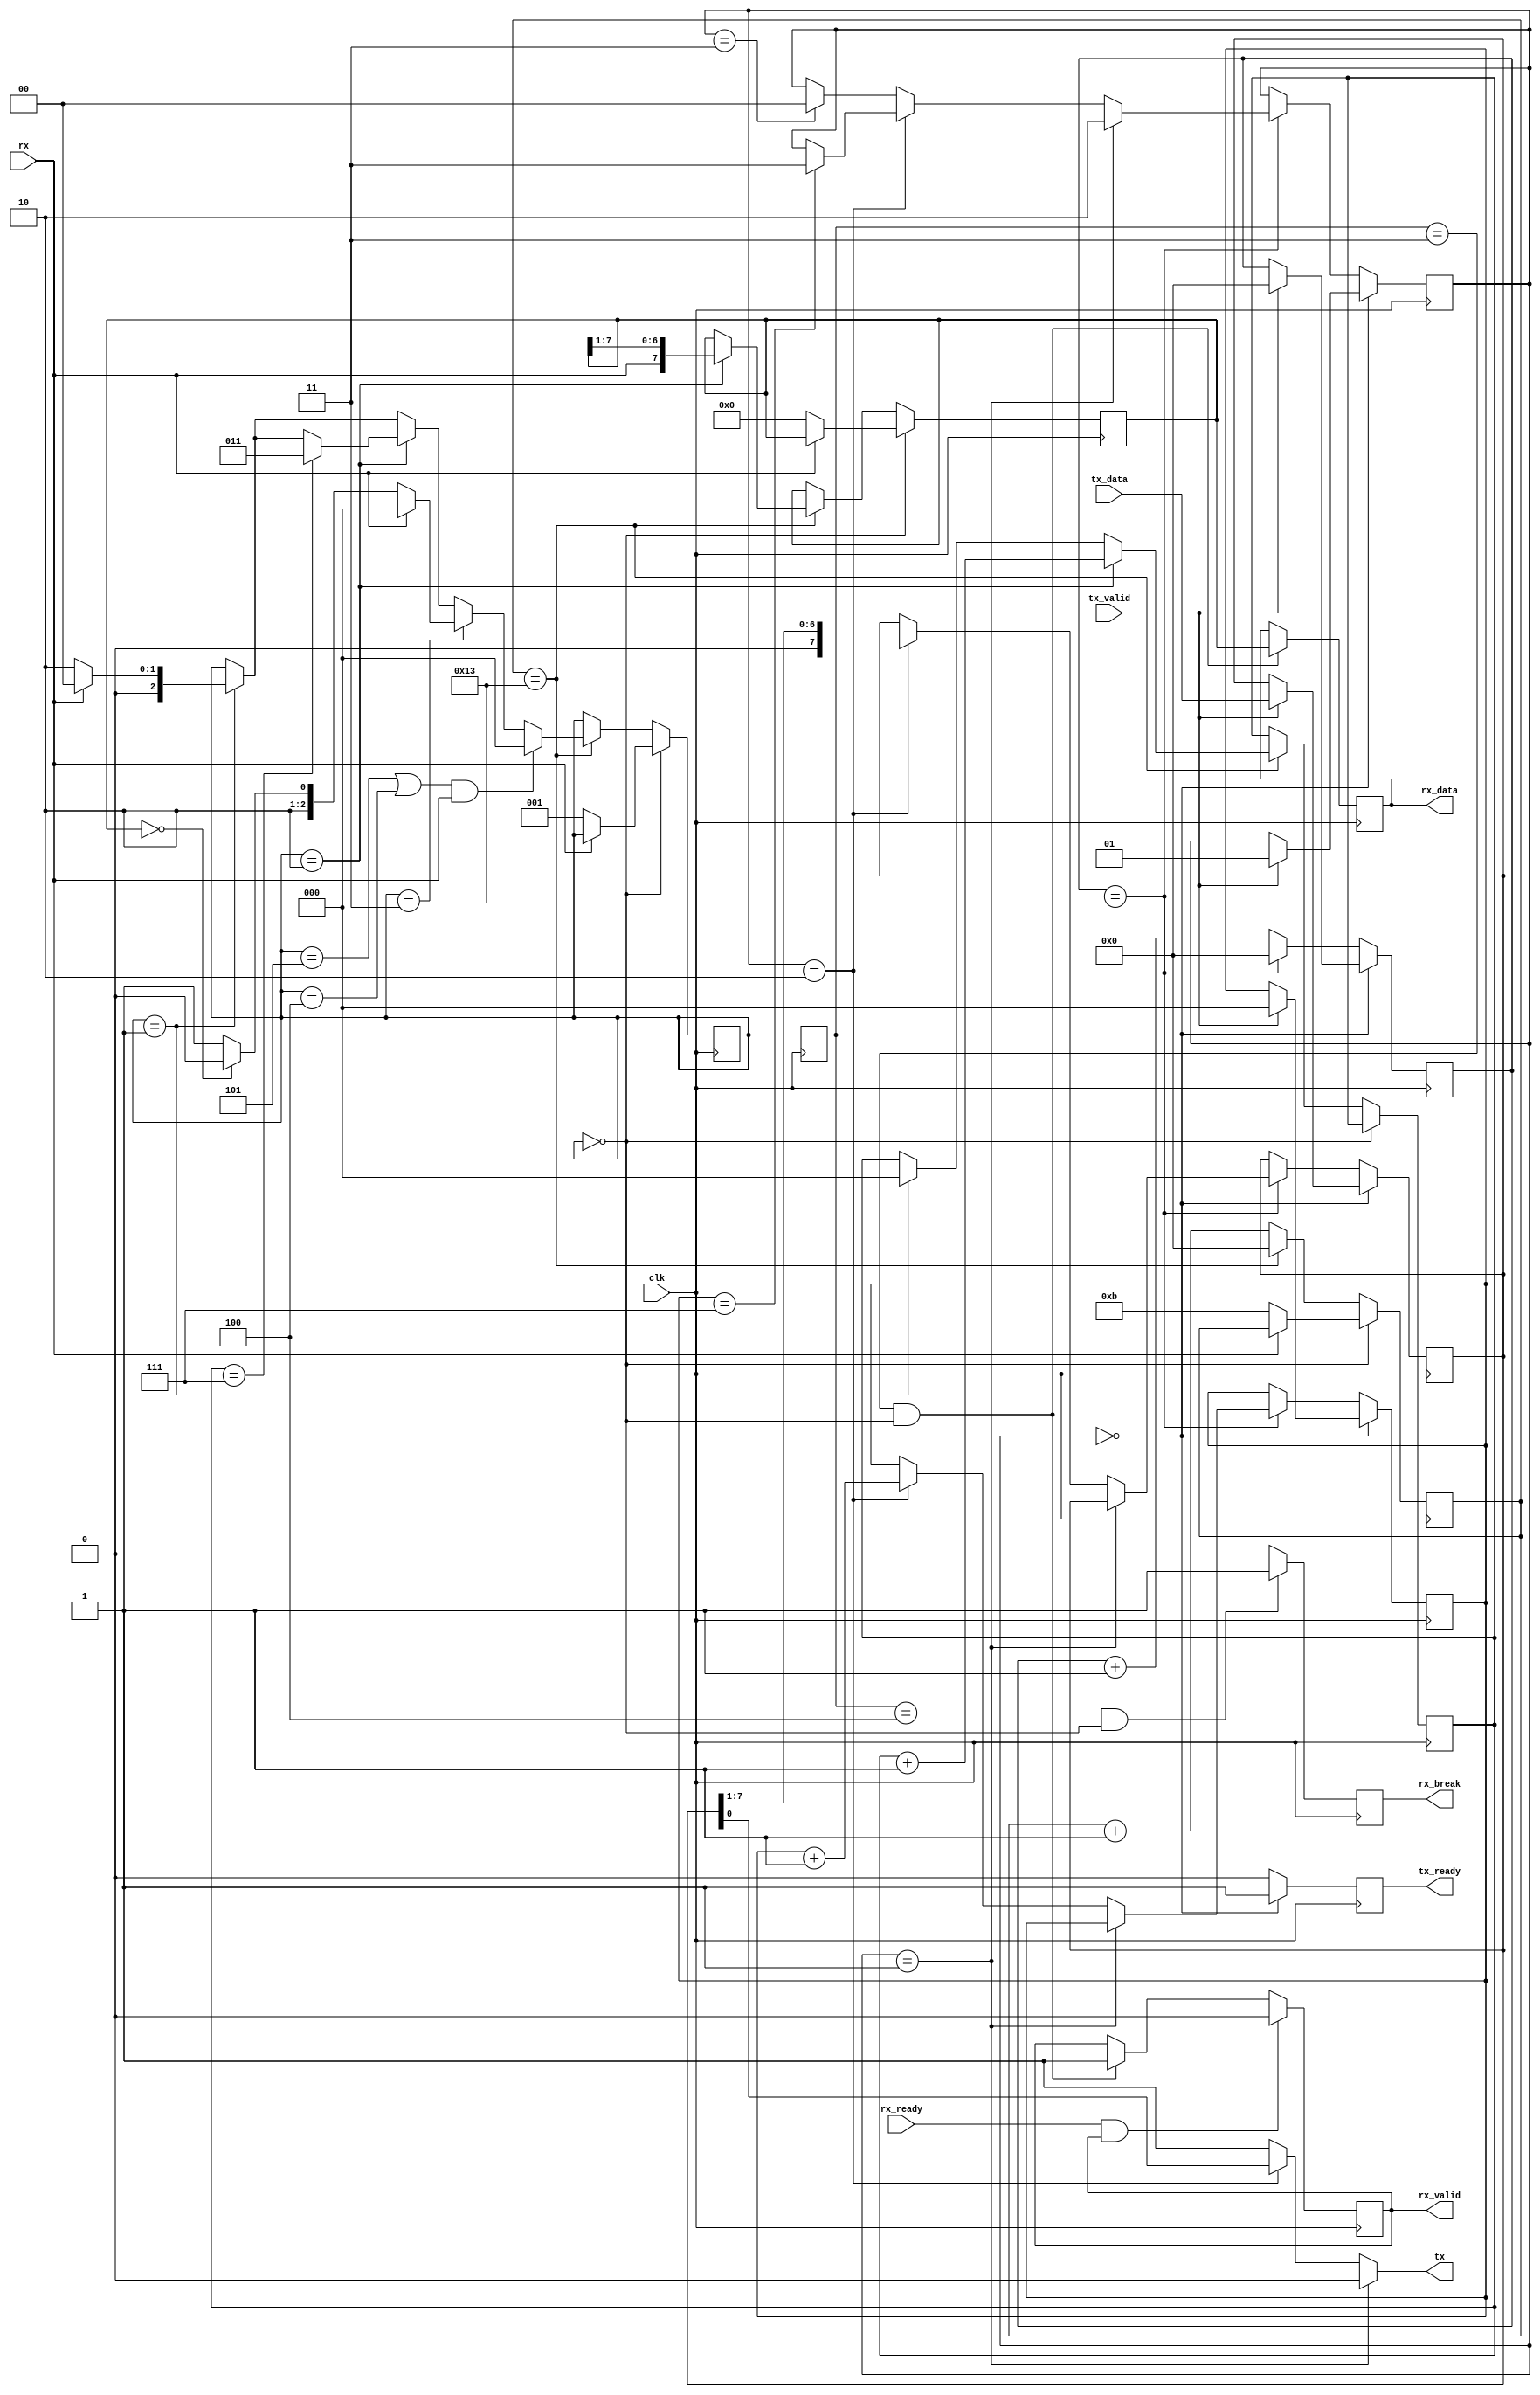
module uart #(
    parameter BAUDSEL = 10
) (
    input clk,

    input rx,
    output tx,

    input tx_valid,
    input [7:0] tx_data,
    output reg tx_ready,

    output reg rx_valid,
    output reg [7:0] rx_data,
    input rx_ready,

    // Goes up one clock cycle when the break condition ends
    output reg rx_break
);

  // Receiver implementation
  localparam RX_IDLE = 0;
  localparam RX_START = 1;
  localparam RX_DATA = 2;
  localparam RX_STOP  = 3;
  localparam RX_BREAK = 4;
  localparam RX_ERROR = 5;

  reg [2:0] rx_state = RX_IDLE;
  reg [2:0] rx_bit_counter;
  reg [7:0] rx_buffer;
  
  // Baudrate counter
  reg [$clog2(3*BAUDSEL):0] rx_counter;

  // RX state machine
  always @(posedge clk) begin
    if (rx_state == RX_IDLE) begin
      if (rx == 0) begin
        // Synchronize on start
        rx_state <= RX_START;
        rx_counter <= BAUDSEL+1;
        rx_buffer <= 0;
      end
    end else begin
      if (rx_counter == (BAUDSEL*2)-1) begin
        rx_counter <= 0;

        // time to read a bit
        if (rx_state == RX_START) begin
          if (rx == 0) rx_state <= RX_DATA;
          else rx_state <= RX_IDLE; // Glitch
          rx_bit_counter <= 0;
        end

        if (rx_state == RX_DATA) begin
          rx_bit_counter <= rx_bit_counter + 1;
          if (rx_bit_counter == 7) rx_state <= RX_STOP;
          rx_buffer <= {rx, rx_buffer[7:1]};
        end

        if (rx_state == RX_STOP) begin
          if (rx == 1) rx_state <= RX_IDLE;
          else if (rx_buffer == 0) rx_state <= RX_BREAK;
          else rx_state <= RX_ERROR; // Framing error
        end

        if ((rx_state == RX_ERROR || rx_state == RX_BREAK) && rx == 1) begin
          rx_state <= RX_IDLE;
        end
      end else begin
        rx_counter <= rx_counter + 1;
      end
    end
  end

  initial rx_valid = 0;

  // module interface management
  reg [2:0] rx_prevState;
  always @(posedge clk) begin
    if (rx_prevState == RX_STOP && rx_state == RX_IDLE) begin
      // Transition from stop to idle means that we have received a byte
      rx_valid <= 1;
      rx_data <= rx_buffer;
    end

    if (rx_prevState == RX_BREAK && rx_state == RX_IDLE) begin
      // Transition from break to idle: we had a break condition
      rx_break <= 1;
    end else rx_break <= 0;

    if (rx_ready && rx_valid) begin
      rx_valid <= 0;
    end

    rx_prevState <= rx_state;
  end

  // Transmitter implementation
  reg [7:0] tx_buffer;
  localparam TX_IDLE = 0;
  localparam TX_START = 1;
  localparam TX_DATA = 2;
  localparam TX_STOP = 3;
  reg [1:0] tx_state = TX_IDLE;
  reg [$clog2(3*BAUDSEL):0] tx_counter;
  reg [2:0] tx_bitcount;

  always @(posedge clk) begin
    tx_ready <= 0;
    if (tx_state == TX_IDLE) begin
      tx_ready <= 1;
      if (tx_valid) begin
        tx_state <= TX_START;
        tx_counter <= 0;
        tx_bitcount <= 0;
        tx_buffer <= tx_data;
      end
    end else if (tx_counter == (2*BAUDSEL)-1) begin
      tx_counter <= 0;
      if (tx_state == TX_START) tx_state <= TX_DATA;
      else if (tx_state == TX_DATA) begin
        tx_bitcount <= tx_bitcount + 1;
        tx_buffer <= {1'b0, tx_buffer[7:1]};

        if (tx_bitcount == 7) tx_state <= TX_STOP;
      end else if (tx_state == TX_STOP) tx_state <= TX_IDLE;
    end else tx_counter <= tx_counter + 1;
  end

  assign tx = (tx_state == TX_START)?0:(tx_state == TX_DATA)?tx_buffer[0]:1;

endmodule